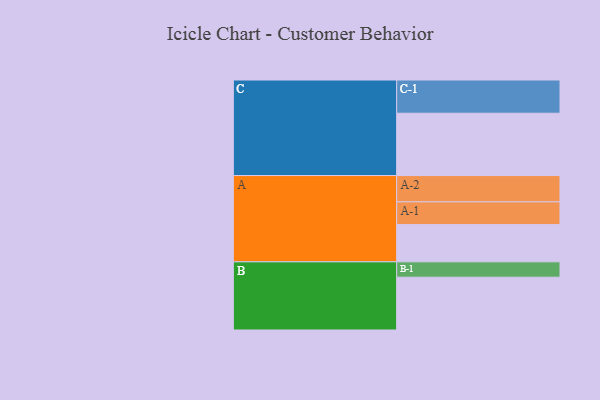
{"axis": {"x": "Segment", "y": "Value"}, "legend": ["", "A", "B", "C"], "data": [{"x": "A", "y": 306, "type": ""}, {"x": "B", "y": 434, "type": ""}, {"x": "C", "y": 512, "type": ""}, {"x": "A-1", "y": 187, "type": "A"}, {"x": "A-2", "y": 216, "type": "A"}, {"x": "B-1", "y": 126, "type": "B"}, {"x": "C-1", "y": 273, "type": "C"}]}